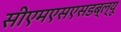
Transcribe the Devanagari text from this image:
सीएमएसएसडब्ल्यू